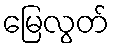
မြေလွတ်